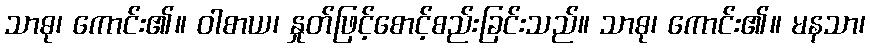
သာဓု၊ ကောင်း၏။ ဝါစာယ၊ နှုတ်ဖြင့်စောင့်စည်းခြင်းသည်။ သာဓု၊ ကောင်း၏။ မနသာ၊